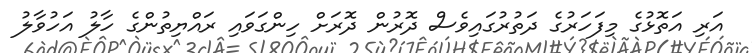
އަރި އަތޮޅުގެ މިފަހަރުގެ ދަތުރުގައިވެސް ދޮރުން ދޮރަށް ހިންގަވައި ރައްޔިތުންގެ ހާލު އަހުވާލު